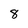
Character: 8